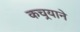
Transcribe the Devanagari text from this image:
कचर्‍याने